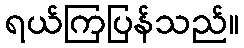
ရယ်ကြပြန်သည်။